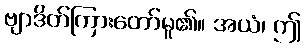
ဗျာဒိတ်ကြားတော်မူ၏။ အယံ၊ ဤ